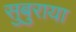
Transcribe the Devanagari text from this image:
सुबुराया